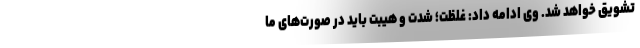
تشویق خواهد شد. وی ادامه داد: غلظت؛ شدت و هیبت باید در صورت‌های ما